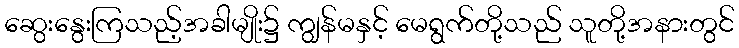
ဆွေးနွေးကြသည့်အခါမျိုး၌ ကျွန်မနှင့် မေရွက်တို့သည် သူတို့အနားတွင်